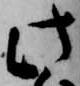
此